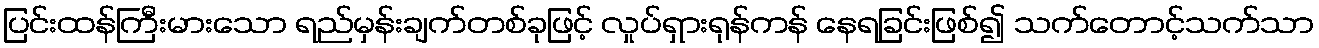
ပြင်းထန်ကြီးမားသော ရည်မှန်းချက်တစ်ခုဖြင့် လှုပ်ရှားရုန်ကန် နေရခြင်းဖြစ်၍ သက်တောင့်သက်သာ